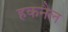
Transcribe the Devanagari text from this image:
हकनैल